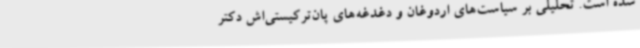
شده است. تحلیلی بر سیاست‌های اردوغان و دغدغه‌های پان‌ترکیستی‌اش دکتر